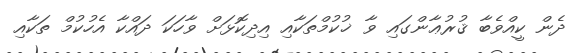
ދެން ކީއްވެބާ ޤުރުޢާންގައި ވާ ޚުކުމްތަކާއި އިދިކޮޅަށް ވާހަކަ ދައްކާ އެހުކުމް ތަކާއި